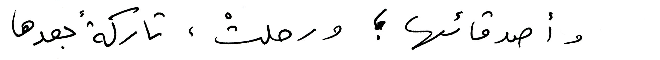
وأصدقائها ؛ ورحلتْ، تاركةً بعدها